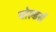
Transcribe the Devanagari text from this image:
बोल्डर्स